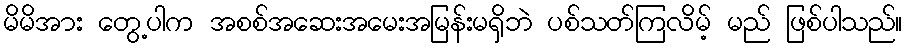
မိမိအား တွေ့ပါက အစစ်အဆေးအမေးအမြန်းမရှိဘဲ ပစ်သတ်ကြလိမ့် မည် ဖြစ်ပါသည်။